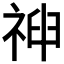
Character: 𥚞